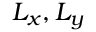
L _ { x } , L _ { y }